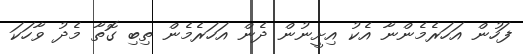
ފަހުން އަހަރެމެންނާ އެކު އިށީނުން ދެން އަހަރެމެން ތިބި ގޮތާ މެދު ވާހަކަ